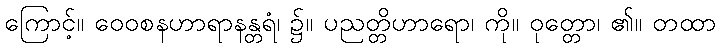
ကြောင့်။ ဝေဝစနဟာရာနန္တရံ၊ ၌။ ပညတ္တိဟာရော၊ ကို။ ဝုတ္တော၊ ၏။ တထာ